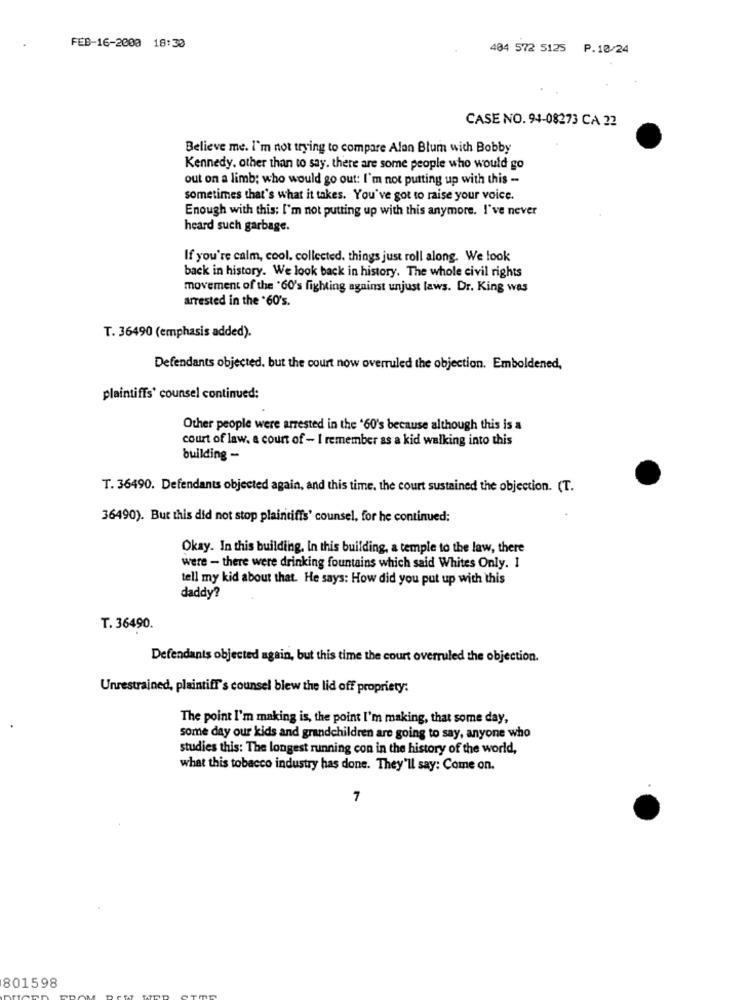
FEB-16-2000 18:30
404 572 5125 P.10/24
CASE NO. 94-08273 CA 22
Believe me. I'm not trying to compare Alan Blum with Bobby
Kennedy, other than to say. there are some people who would go
out on a limb; who would go out: I'm not putting up with this -
sometimes that's what it takes. You've got to raise your voice.
Enough with this: I'm not putting up with this anymore. I've never
heard such garbage.
If you're calm, cool, collected. things just roll along. We look
back in history. We look back in history. The whole civil rights
movement of the '60's fighting against unjust laws. Dr. King was
arrested in the *60's.
T. 36490 (emphasis added).
Defendants objected. but the court now overruled the objection. Emboldened,
plaintiffs' counsel continued:
Other people were arrested in the '60's because although this is a
court of law. a court of - I remember as a kid walking into this
building -
T. 36490. Defendants objected again, and this time, the court sustained the objection. (T.
36490). But this did not stop plaintiffs' counsel, for he continued:
Okay. In this building. In this building, a temple to the law, there
were - there were drinking fountains which said Whites Only. 1
tell my kid about that. He says: How did you put up with this
daddy?
T. 36490.
Defendants objected again, but this time the court overruled the objection.
Unrestrained, plaintiff's counsel blew the lid off propriety:
The point I'm making is, the point I'm making, that some day,
some day our kids and grandchildren are going to say, anyone who
studies this: The longest running con in the history of the world,
what this tobacco industry has done. They'll say: Come on.
7
801598